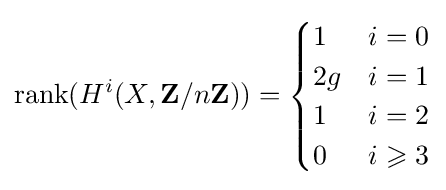
\operatorname {rank} (H^{i}(X,\mathbf {Z} /n\mathbf {Z} ))={\begin{cases}1&i=0\\2g&i=1\\1&i=2\\0&i\geqslant 3\end{cases}}